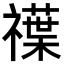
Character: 𥜈